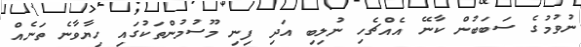
ނުވުމުގެ ސަބަބުން ކާނޭ އެއްޗެހި ނުލިބި އަދި ފިނި މޫސުމުންތަކުގައި ހިޔާވާނެ ތަނެއް